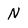
Character: N